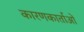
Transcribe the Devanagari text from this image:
कारणकार्ताओं